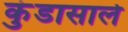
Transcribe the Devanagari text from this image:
कुंडासाले